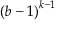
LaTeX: { ( b - 1 ) } ^ { k - 1 }